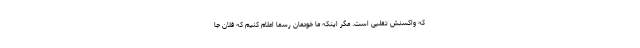
که واکسنش تقلبی است. مگر اینکه ما خودمان رسما اعلام کنیم که فلان جا